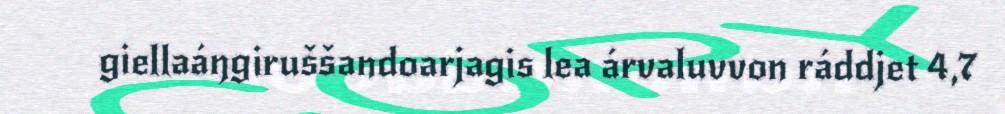
giellaáŋgiruššandoarjagis lea árvaluvvon ráddjet 4,7